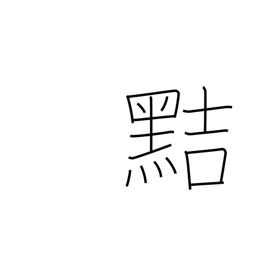
Meaning: crafty